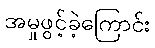
အမှုဖွင့်ခဲ့ကြောင်း